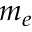
m _ { e }